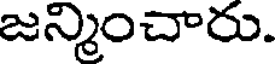
జన్మించారు.